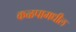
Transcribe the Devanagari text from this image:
कळपामधील